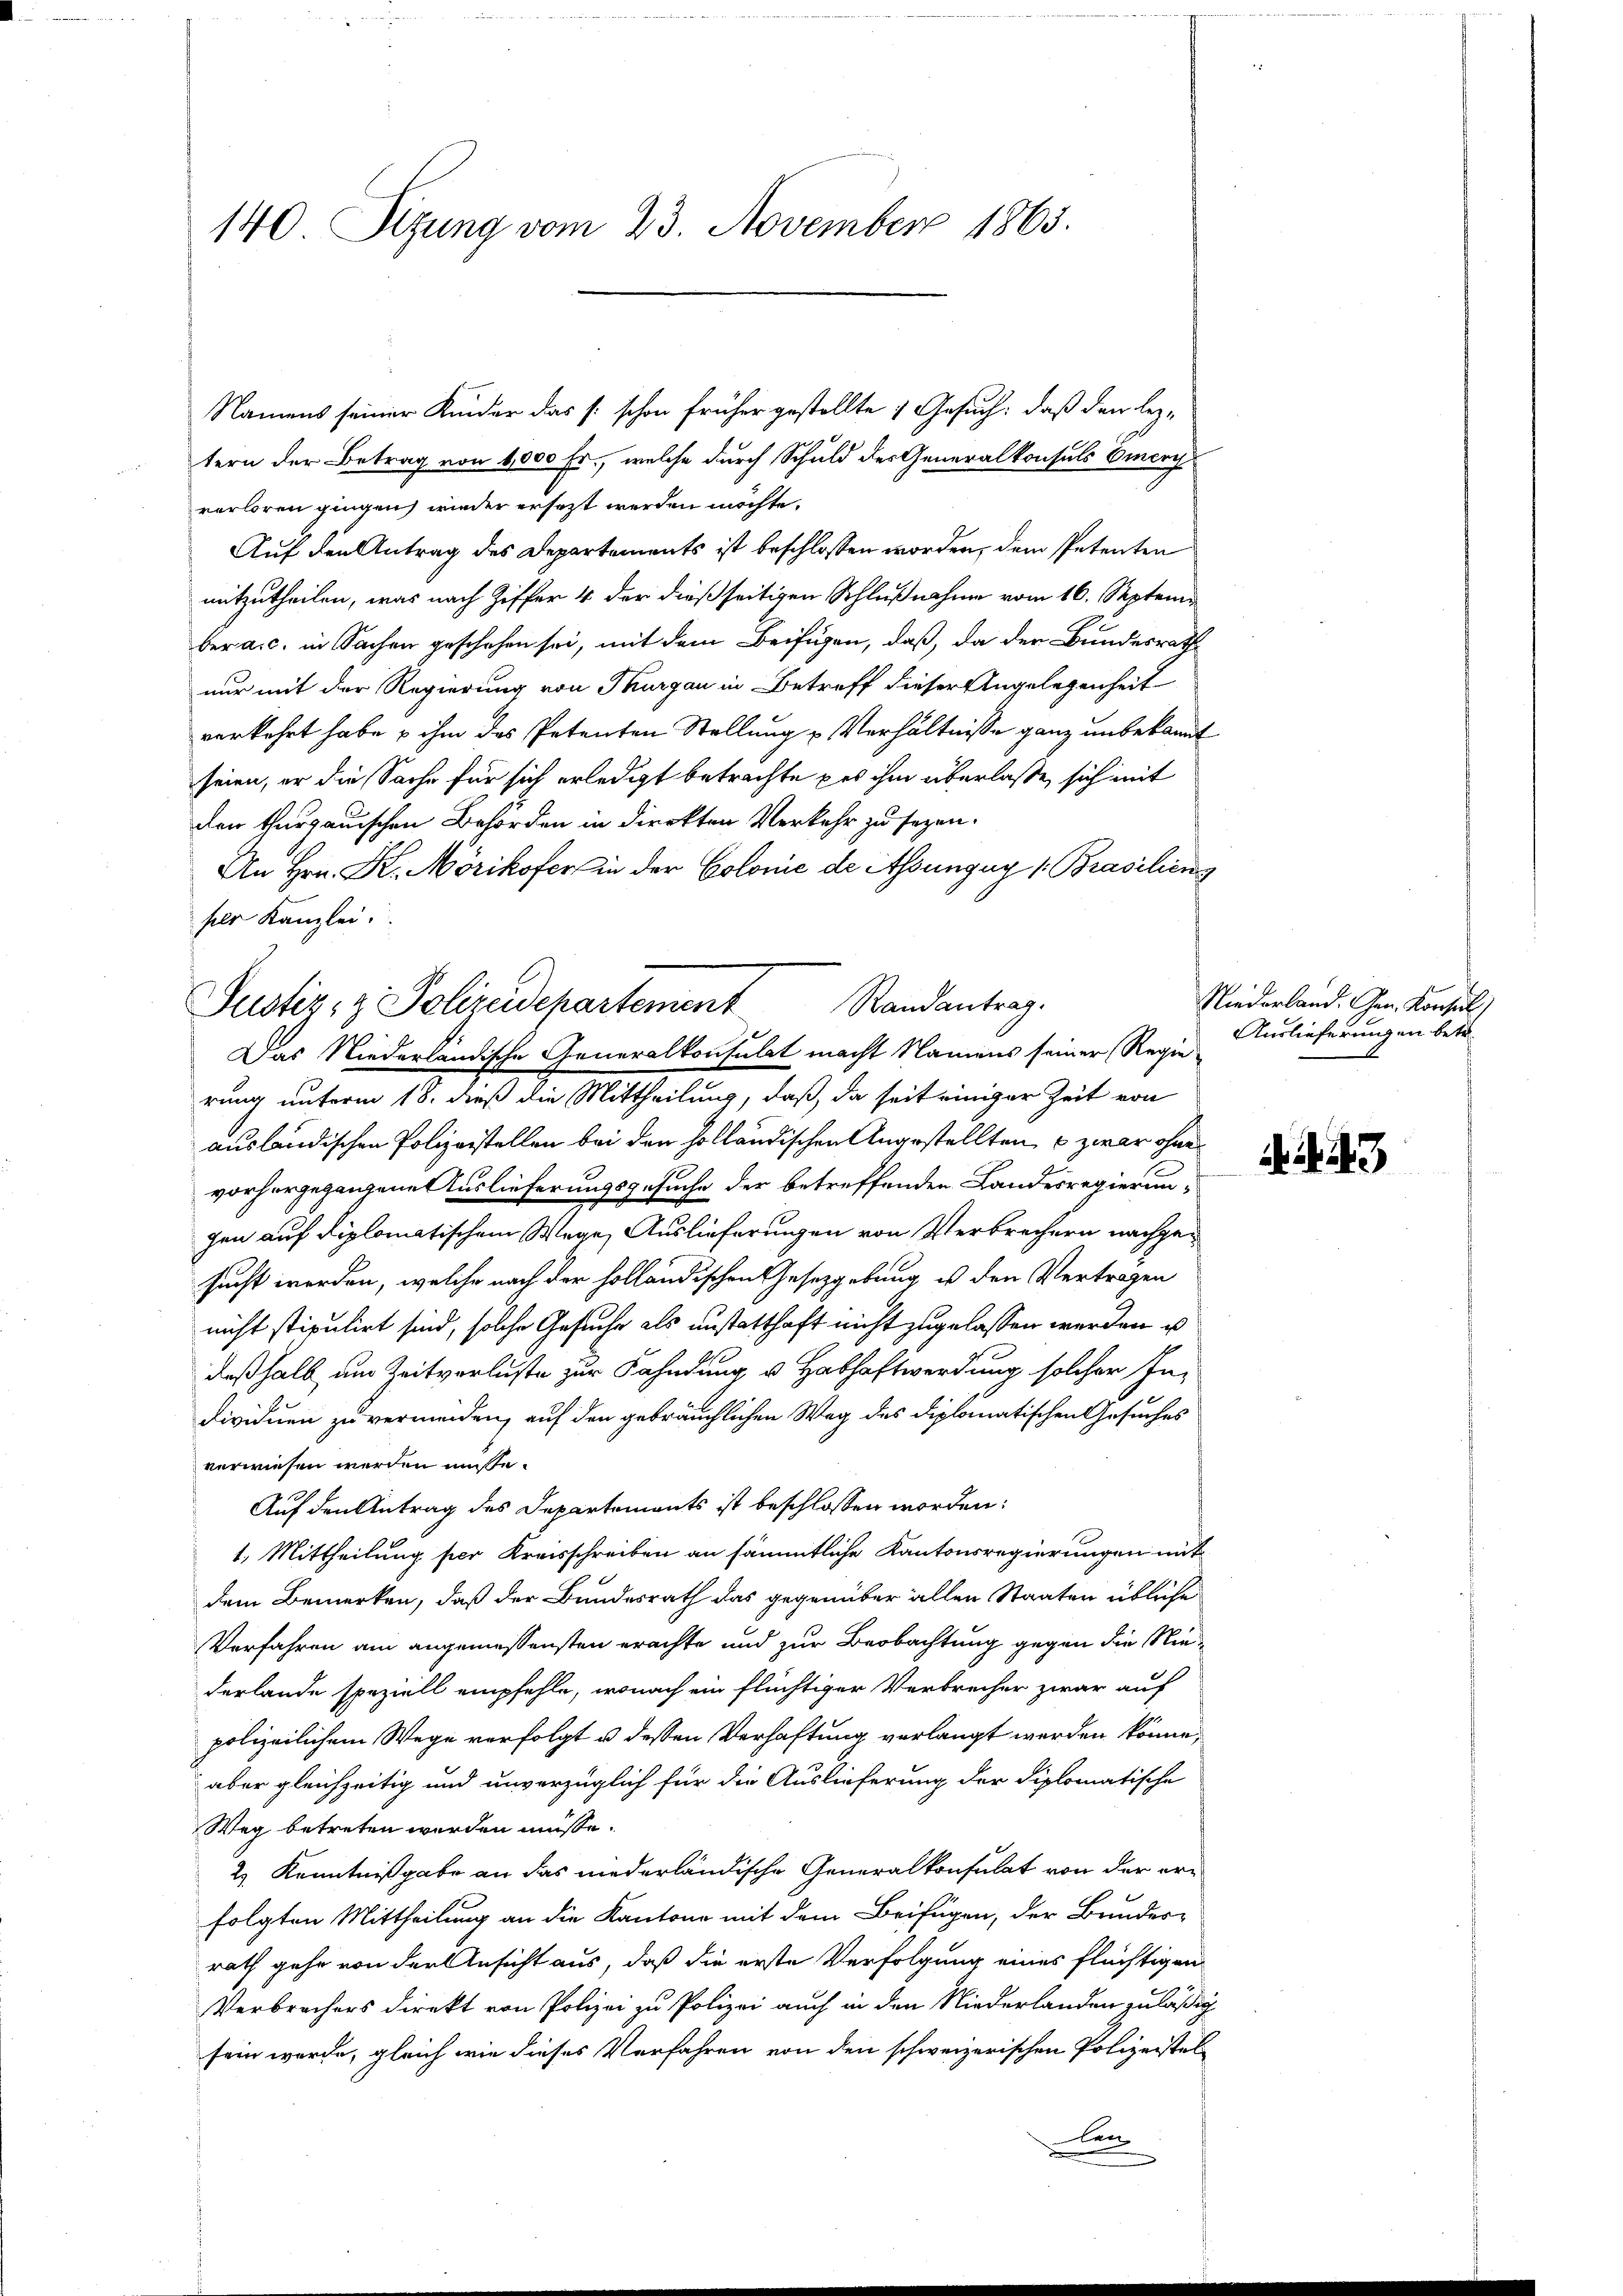
140 Sizung vom 23. November 1865.

Namens seiner Kinder das [: schon früher gestellte , Gesuch: daß den leztern der Betrag von 4,000 Fr., welche durch Schuld des Generalkonsuls Omerch
verloren gingen, wieder ersezt werden möchte.
Auf den Antrag des Departements ist beschlossen worden, dem Petenten
mitzutheilen, was nach Ziffer 4 der dießseitigen Schlußnahme vom 16. Septemberaic. in Sachen geschehen sei, mit dem Beifügen, daß, da der Bundesrath
nur mit der Regierung von Thurgau in Betreff dieser Angelegenheit
verkehrt habe & ihm das Petenten Stellung u. Verhältnisse ganz unbekannt
seien, er die Sache für sich erledigt betrachte des ihm überlaße, sich mit
den thurgauischen Behörden in direkten Verkehr zu sezen.
An Hrn. H. Mörikofer in der Colonie de Assungen (Brasilieng
ser Kanzlei.
rung unterm 18. dieß die Mittheilung, daß da seit einiger Zeit von
ausländischen Polizeistellen bei den holländischen Angestellten, u zwar ohne
vorhergegangene Auslieferungsgesuche der betreffenden Landesregierungen auf diplomatischem Wege, Auslieferungen von Verbrechern nachgesucht worden, welche nach der holländischen Gesetzgebung ist den Vertragen
nicht stipulirt sind, solche Gesuche als anstatthaft nicht zugelassen werden u
deßhalb um Zeitverluste zur Fahndung v. Habhaftwerdung solcher Individuen zu vermeiden, auf den gebräuchlichen Weg des Diplomatischen Gesuches
verwiesen werden müsse.
Auf den Antrag des Departements ist beschlossen worden:
1.) Mittheilung per Kreisschreiben an sämmtliche Kantonsregierungen mit
dem Bemerken, daß der Bundesrath das gegenüber allen Staaten übliche
Verfahren am angemessensten erachte und zur Beobachtung gegen die Niederlande speziell empfehle, wonach ein flüchtiger Verbrecher zwar auf
polizeilichem Wege verfolgt u. dessen Verhaftung verlangt werden könne,
aber gleichzeitig und unverzüglich für die Auslieferung der Diplomatische
Weg betreten werden müsse.
2) Kenntnißgabe an das niederländische Generalkonsulat von der er-
folgten Mittheilung an die Kantone mit dem Beifügen, der Bunder-
rath gehe von der Ansicht aus, daß die erste Verfolgung eines flüchtigen
Verbrachers direkt von Polizei zu Polizei auch in den Niederlanden zuläßig
sein werde, gleich wie dieses Verfahren von den schweizerischen Polizeistellen

Randantrag.
Justiz- & Polizeidepartement
Das Niederländische Generalkonsulat macht Namens seiner (Regie¬

Niederland. Gen. Konsul
Auslieferungen betr.